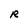
Character: R